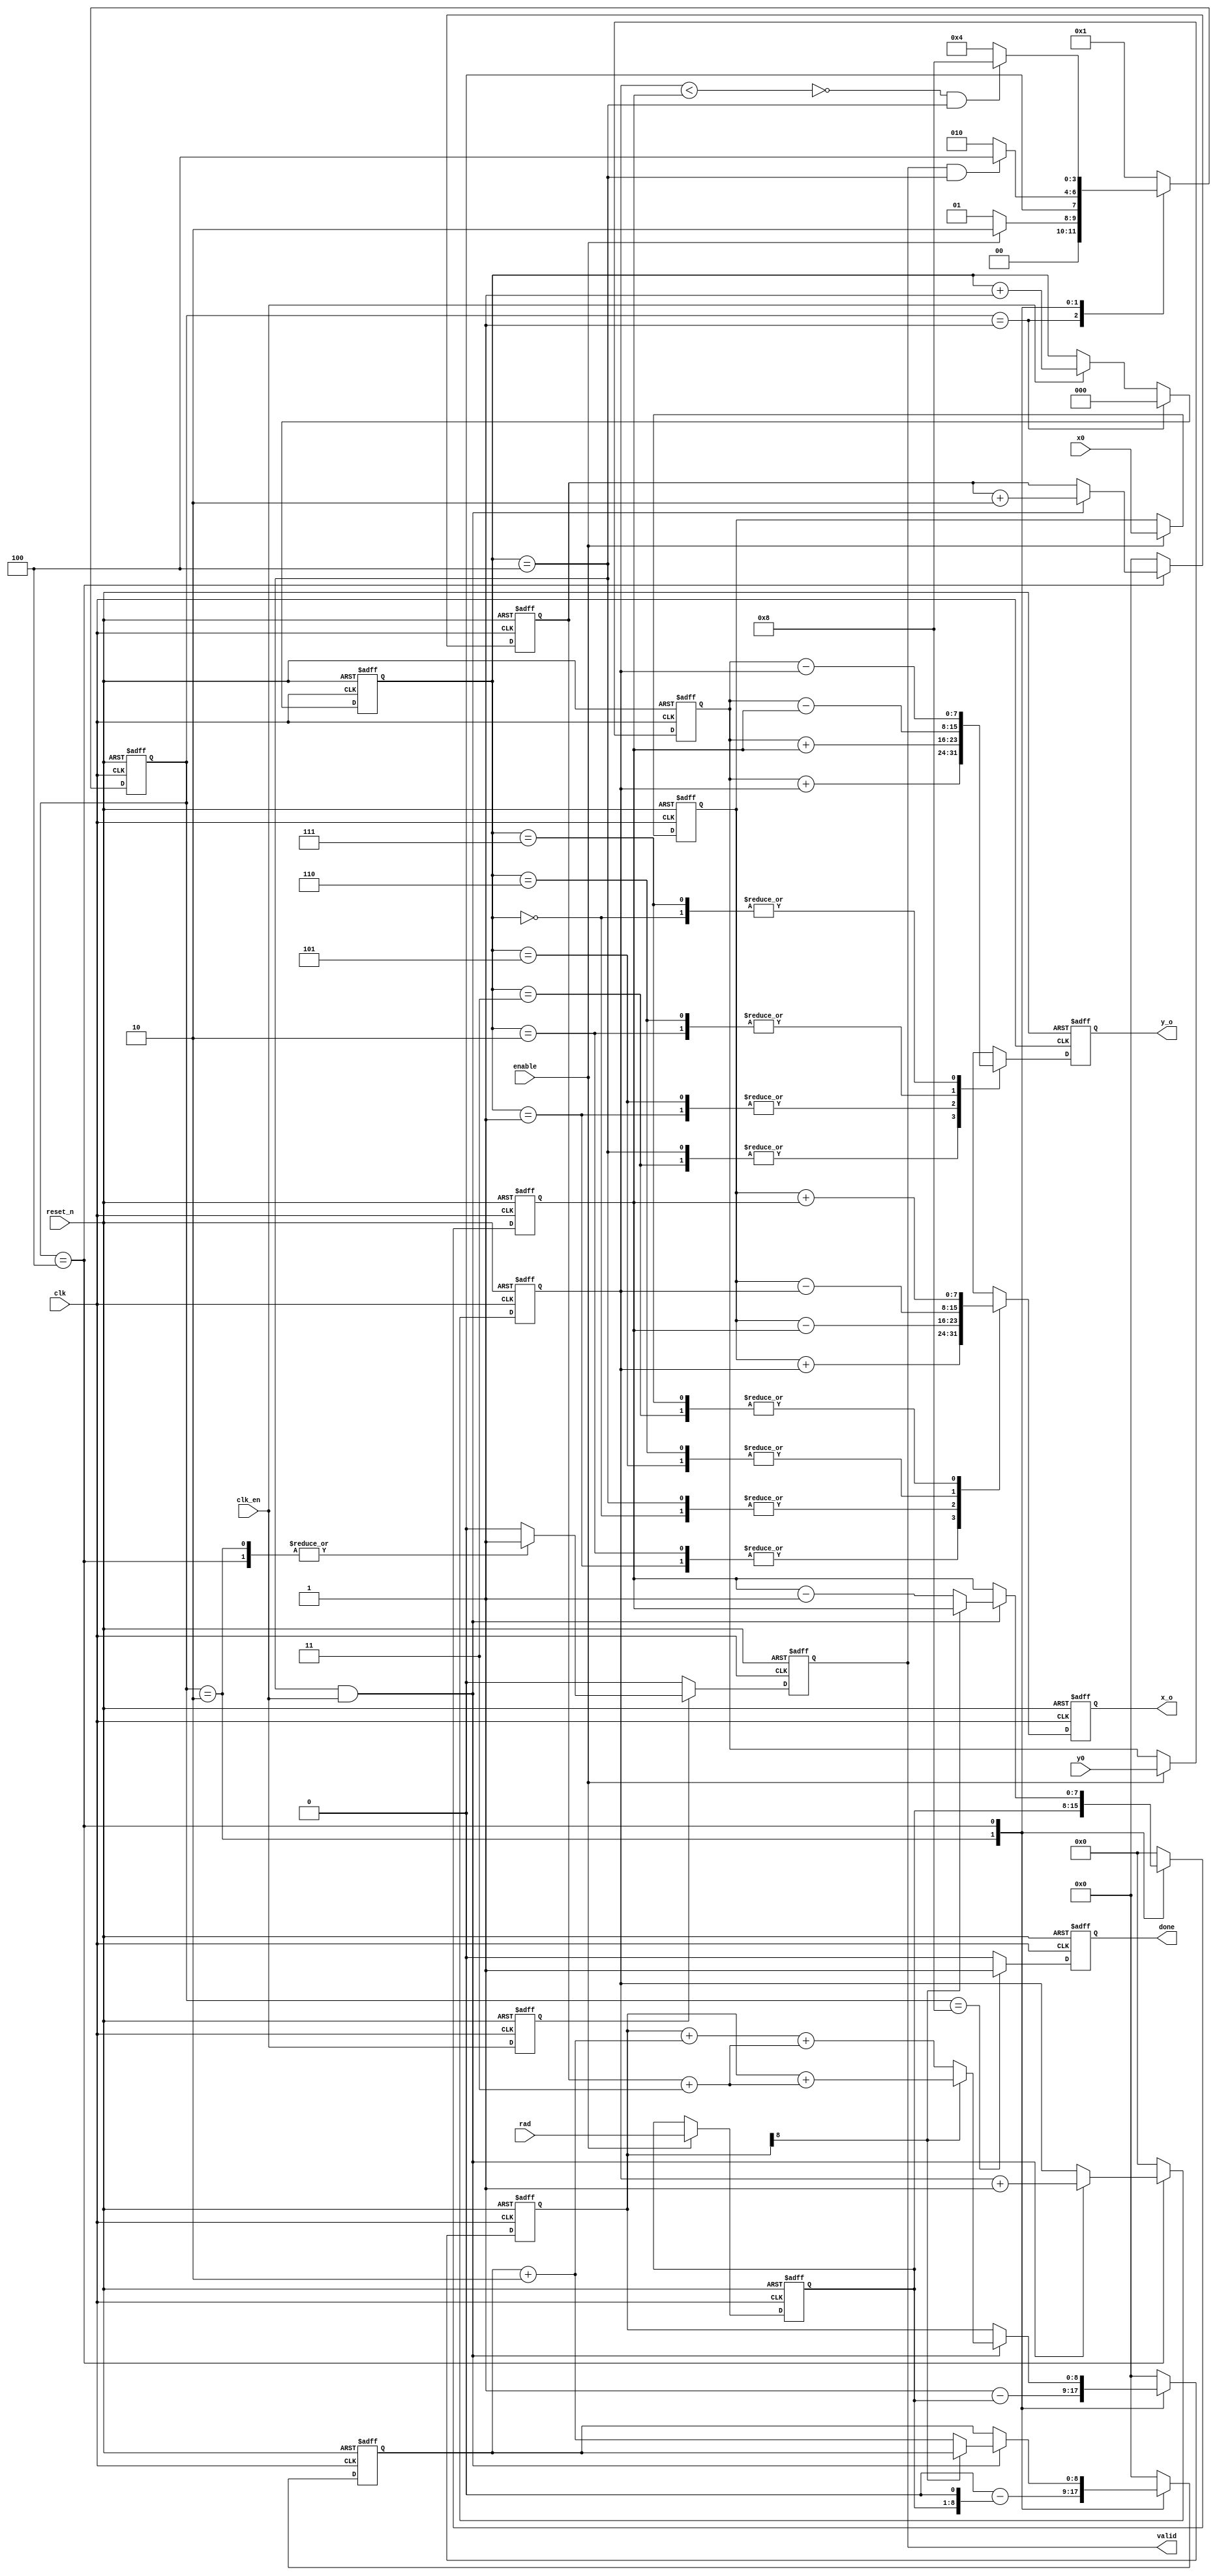
module drawcircle #(
  
  parameter DATA_WIDTH  = 8           //Parameter for datawidth includes co-ordinates
  
  ) (
  
  input                   clk       , //Clock input
  input                   reset_n   , //Active low reset input
  input                   clk_en    , //Clock enable to slow down output data
  
  input                   enable    , //Trigger to start the function
  
  input  [DATA_WIDTH-1:0] x0        , //Co-ordinate x0
  input  [DATA_WIDTH-1:0] y0        , //Co-ordinate y0
  input  [DATA_WIDTH-1:0] rad       , //Circle radius
  
  output                  valid     , //Output data valid
  output                  done      , //Feedback of task completion
  
  output [DATA_WIDTH-1:0] x_o       , //X co-ordinate output
  output [DATA_WIDTH-1:0] y_o         //Y co-ordinate output
  
  );
  
  parameter UD = 1;  
  parameter FSM_WIDTH = 4;
  parameter IDLE = 4'b0001;
  parameter PREP = 4'b0010;
  parameter DRAW = 4'b0100;
  parameter DONE = 4'b1000;

  reg    [FSM_WIDTH-1:0]  current_state, next_state;
  reg    [DATA_WIDTH-1:0] x0r, y0r, radr;
  reg    [DATA_WIDTH-1:0] xk, yk, x_o_reg, y_o_reg;
  reg    [DATA_WIDTH:0]   delta_x, delta_y, error;

  reg    [2:0]            data_out_seq_cnt;
  reg                     clk_en_fl, valid_reg, done_reg;  
  
  wire                    completed = !( xk < yk); 

  wire                    err_gt_eq_0 = ~error[DATA_WIDTH]; 
  
  wire   [DATA_WIDTH:0]   delta_x_p_2 = delta_x + {{(DATA_WIDTH-1){1'b0}}, 2'b10};
  wire   [DATA_WIDTH:0]   delta_x_p_3 = delta_x + {{(DATA_WIDTH-1){1'b0}}, 2'b11};
  wire   [DATA_WIDTH:0]   delta_y_p_2 = delta_y + {{(DATA_WIDTH-1){1'b0}}, 2'b10};
  wire                    next_iteration = (data_out_seq_cnt == 3'h4);
  
  assign                  x_o   = x_o_reg;
  assign                  y_o   = y_o_reg;
  assign                  valid = valid_reg;
  assign                  done  = done_reg;

  //FSM to keep track of function activity
  always @ (posedge clk or negedge reset_n)
    begin
      if (!reset_n)
        current_state <= #UD IDLE;
      else
        current_state <= #UD next_state;  
    end
  
  always @ (current_state or enable or completed or valid_reg or next_iteration)
    begin
      case(current_state)
        IDLE    : begin
                    if (enable)
                      next_state <= #UD PREP;
                    else
                      next_state <= #UD IDLE;                    
                  end
        PREP    : begin
			              if (valid_reg && next_iteration)
					            next_state <= #UD DRAW;
					          else  
                      next_state <= #UD PREP;
                  end        
        DRAW    : begin
                    if (completed && next_iteration)
                      next_state <= #UD DONE;
                    else
                      next_state <= #UD DRAW;                    
                  end
        DONE    : begin
                    next_state <= #UD IDLE;
                  end
        default : begin
                    next_state <= #UD IDLE;
                  end        
      endcase
    end  
    
  //Store necessary parameters for function in internal registers
  always @ (posedge clk or negedge reset_n)
    begin
      if (!reset_n)
        begin
          x0r  <= #UD {DATA_WIDTH{1'b0}};
          y0r  <= #UD {DATA_WIDTH{1'b0}};
          radr <= #UD {DATA_WIDTH{1'b0}};
        end
      else
      if (enable)
        begin
          x0r  <= #UD x0;
          y0r  <= #UD y0;
          radr <= #UD rad;        
        end
      else
        begin
          x0r  <= #UD x0r;
          y0r  <= #UD y0r;
          radr <= #UD radr;
        end        
    end

  //Process variables
  always @ (posedge clk or negedge reset_n)
    begin
      if (!reset_n)
        begin
          error   <= #UD {(DATA_WIDTH+1){1'b0}};
          delta_x <= #UD {(DATA_WIDTH+1){1'b0}};
          delta_y <= #UD {(DATA_WIDTH+1){1'b0}};          
          xk      <= #UD {DATA_WIDTH{1'b0}};
          yk      <= #UD {DATA_WIDTH{1'b0}};         
        end
      else
        begin
          case (current_state)
            IDLE    : begin
                        error   <= #UD {(DATA_WIDTH+1){1'b0}};
                        delta_x <= #UD {(DATA_WIDTH+1){1'b0}};
                        delta_y <= #UD {(DATA_WIDTH+1){1'b0}};          
                        xk      <= #UD {DATA_WIDTH{1'b0}};
                        yk      <= #UD {DATA_WIDTH{1'b0}};            
                      end
            PREP    : begin
                        error   <= #UD {{(DATA_WIDTH){1'b0}}, 1'b1} - {1'b0, radr};
                        delta_x <= #UD {(DATA_WIDTH+1){1'b0}};
                        delta_y <= #UD {(DATA_WIDTH+1){1'b0}} - {radr, 1'b0};          
                        xk      <= #UD {DATA_WIDTH{1'b0}};
                        yk      <= #UD radr;             
                      end
            DRAW    : begin
                        if (next_iteration && clk_en)
                          begin
                            if (err_gt_eq_0)
                              begin
                                error   <= #UD error + delta_y_p_2 + delta_x_p_3;
                                delta_x <= #UD delta_x_p_2;
                                delta_y <= #UD delta_y_p_2;
                                xk      <= #UD xk + {{(DATA_WIDTH-1){1'b0}}, 1'b1};
                                yk      <= #UD yk - {{(DATA_WIDTH-1){1'b0}}, 1'b1};                            
                              end
                            else
                              begin
                                error   <= #UD error + delta_x_p_3;
                                delta_x <= #UD delta_x_p_2;
                                delta_y <= #UD delta_y;
                                xk      <= #UD xk + {{(DATA_WIDTH-1){1'b0}}, 1'b1};
                                yk      <= #UD yk;                          
                              end
                          end
                        else
                          begin
                              error   <= #UD error;
                              delta_x <= #UD delta_x;
                              delta_y <= #UD delta_y;
                              xk      <= #UD xk;
                              yk      <= #UD yk;                          
                          end                          
                      end
            DONE    : begin
                        error   <= #UD {(DATA_WIDTH+1){1'b0}};
                        delta_x <= #UD {(DATA_WIDTH+1){1'b0}};
                        delta_y <= #UD {(DATA_WIDTH+1){1'b0}};          
                        xk      <= #UD {DATA_WIDTH{1'b0}};
                        yk      <= #UD {DATA_WIDTH{1'b0}};            
                      end
            default : begin
                        error   <= #UD {(DATA_WIDTH+1){1'b0}};
                        delta_x <= #UD {(DATA_WIDTH+1){1'b0}};
                        delta_y <= #UD {(DATA_WIDTH+1){1'b0}};          
                        xk      <= #UD {DATA_WIDTH{1'b0}};
                        yk      <= #UD {DATA_WIDTH{1'b0}};            
                      end
          endcase
        end        
    end
  
  //Data output sequence counter as at a time as many as eight co-ordinates available
  always @ (posedge clk or negedge reset_n)
    begin
      if (!reset_n)
        data_out_seq_cnt <= #UD 3'h0;
      else
      if (current_state == IDLE)
        data_out_seq_cnt <= #UD 3'h0;
      else
      if (clk_en)
        data_out_seq_cnt <= #UD data_out_seq_cnt + 3'h1;
      else
        data_out_seq_cnt <= #UD data_out_seq_cnt;      
    end
  
  //Flop clk_en to synchronize output  
  always @ (posedge clk or negedge reset_n)
    begin
      if (!reset_n)
        clk_en_fl <= #UD 1'b0;
      else
        clk_en_fl <= #UD clk_en;      
    end  
  
  //Generate output co-ordinates
  always @ (posedge clk or negedge reset_n)
    begin
      if (!reset_n)
        begin
          x_o_reg <= #UD {DATA_WIDTH{1'b0}};
          y_o_reg <= #UD {DATA_WIDTH{1'b0}};
        end
      else
        begin
          case (data_out_seq_cnt)
            3'h0    : begin
                        x_o_reg <= #UD x0r - yk;
                        y_o_reg <= #UD y0r - xk;
                      end
            3'h1    : begin
                        x_o_reg <= #UD x0r + xk;
                        y_o_reg <= #UD y0r + yk;            
                      end
            3'h2    : begin
                        x_o_reg <= #UD x0r + xk;
                        y_o_reg <= #UD y0r - yk;            
                      end
            3'h3    : begin
                        x_o_reg <= #UD x0r + yk;
                        y_o_reg <= #UD y0r + xk;            
                      end
            3'h4    : begin
                        x_o_reg <= #UD x0r - yk;
                        y_o_reg <= #UD y0r + xk;            
                      end
            3'h5    : begin
                        x_o_reg <= #UD x0r - xk;
                        y_o_reg <= #UD y0r + yk;            
                      end
            3'h6    : begin
                        x_o_reg <= #UD x0r - xk;
                        y_o_reg <= #UD y0r - yk;            
                      end
            3'h7    : begin
                        x_o_reg <= #UD x0r + yk;
                        y_o_reg <= #UD y0r - xk;            
                      end
            default : begin
                        x_o_reg <= #UD x_o_reg;
                        y_o_reg <= #UD y_o_reg;            
                      end
          endcase
        end        
    end    
    
  //Generate valid signal
  always @ (posedge clk or negedge reset_n)
    begin
      if (!reset_n)
        valid_reg <= #UD 1'b0;
      else
      if (clk_en_fl)
        case(current_state)
          IDLE    : valid_reg <= #UD 1'b0;
          PREP    : valid_reg <= #UD 1'b1;
          DRAW    : valid_reg <= #UD 1'b1;
          DONE    : valid_reg <= #UD 1'b0;
          default : valid_reg <= #UD 1'b0;
        endcase
      else
        valid_reg <= #UD 1'b0;      
    end
  
  //Generate done signal
  always @ (posedge clk or negedge reset_n)
    begin
      if (!reset_n)
        done_reg <= #UD 1'b0;
      else
      if (current_state == DONE)
        done_reg <= #UD 1'b1;
      else
        done_reg <= #UD 1'b0;      
    end    
  
endmodule